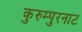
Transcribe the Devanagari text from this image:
कुरुम्पुरनाट